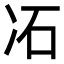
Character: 㓈